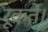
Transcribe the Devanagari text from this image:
रूकते।